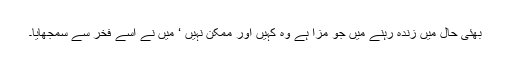
بھئی حال میں زندہ رہنے میں جو مزا ہے وہ کہیں اور ممکن نہیں ‘ میں نے اسے فخر سے سمجھایا۔